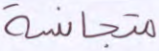
متجانسة